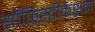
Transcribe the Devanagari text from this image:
सॉफ़िस्टीकेशन